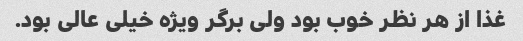
غذا از هر نظر خوب بود ولی برگر ویژه خیلی عالی بود.